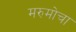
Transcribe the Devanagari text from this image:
मरुमोचा